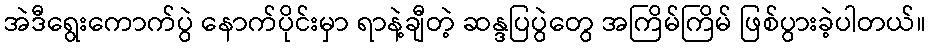
အဲဒီရွေးကောက်ပွဲ နောက်ပိုင်းမှာ ရာနဲ့ချီတဲ့ ဆန္ဒပြပွဲတွေ အကြိမ်ကြိမ် ဖြစ်ပွားခဲ့ပါတယ်။